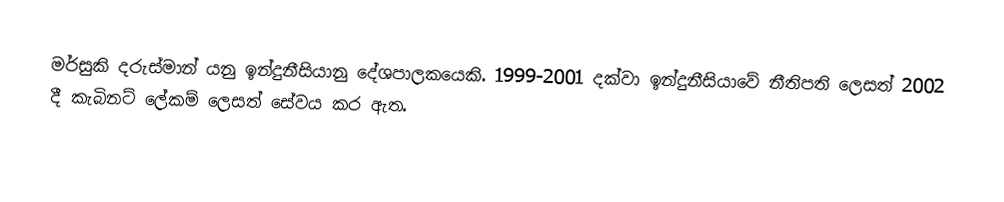
මර්සුකි  දරුස්මාන් යනු ඉන්දුනීසියානු දේශපාලකයෙකි. 1999-2001 දක්වා ඉන්දුනීසියාවේ නීතිපති ලෙසත් 2002 දී කැබිනට් ලේකම් ලෙසත් සේවය කර ඇත.